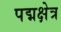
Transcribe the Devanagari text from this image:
पद्मक्षेत्र